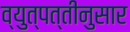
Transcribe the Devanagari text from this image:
व्युत्पत्तीनुसार